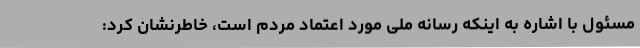
مسئول با اشاره به اینکه رسانه ملی مورد اعتماد مردم است، خاطرنشان کرد: